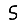
Digit: 5